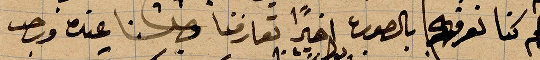
فلم كنا نعرفها بالصورة اخيرًا تعارفنا وصلنا عنده ورحب